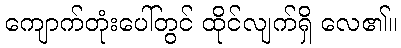
ကျောက်တုံးပေါ်တွင် ထိုင်လျက်ရှိ လေ၏။